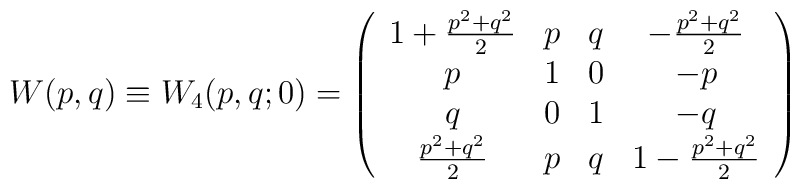
W(p, q) \equiv W_4(p, q;  0) = \left( \begin{array}{cccc}1+ \frac{p^2 + q^2 }{2} & p & q  & -\frac{p^2 + q^2 }{2} \\p & 1 & 0 & -p \\q & 0 & 1 & -q \\\frac{p^2 + q^2 }{2} &  p & q  & 1 -\frac{p^2 + q^2 }{2}\end{array}\right)